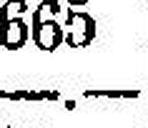
—.—